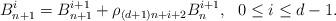
LaTeX: \begin{align*}B_{n+1}^i=B_{n+1}^{i+1}+\rho_{(d+1)n+i+2}B_n^{i+1}, \ \ 0\leq i\leq d-1. \end{align*}